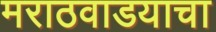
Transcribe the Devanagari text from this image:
मराठवाडयाचा